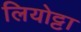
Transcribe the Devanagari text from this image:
लियोट्टा